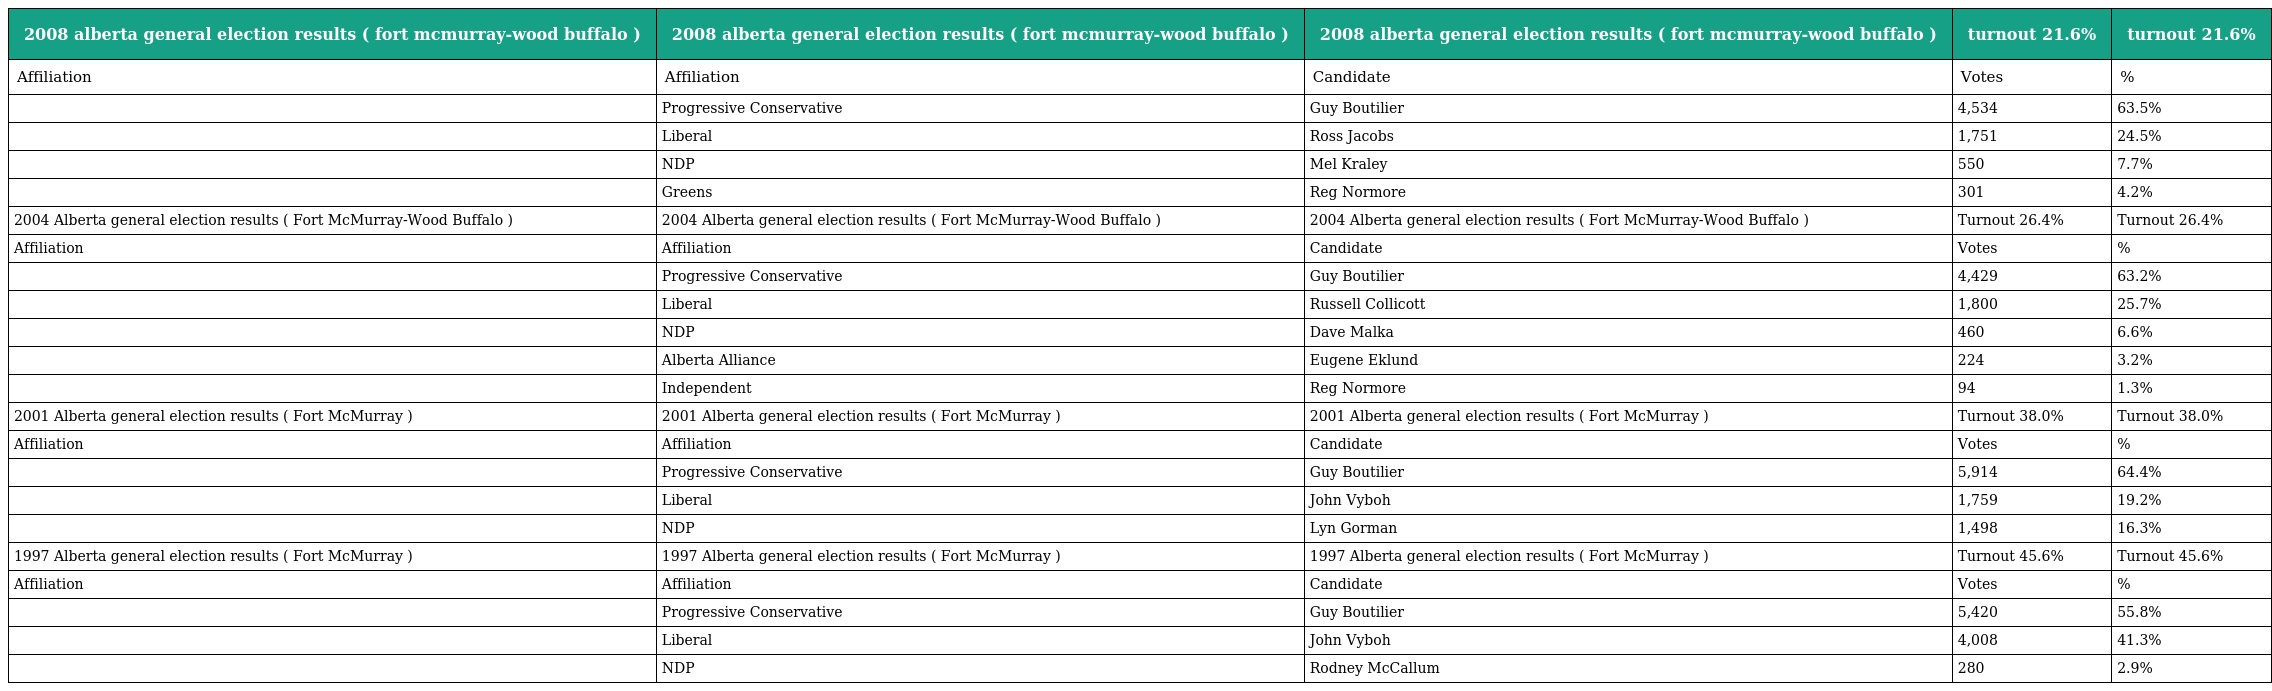
| 2008 alberta general election results ( fort mcmurray-wood buffalo ) | 2008 alberta general election results ( fort mcmurray-wood buffalo ) | 2008 alberta general election results ( fort mcmurray-wood buffalo ) | turnout 21.6% | turnout 21.6% |
 | --- | --- | --- | --- | --- |
 | Affiliation | Affiliation | Candidate | Votes | % |
 |  | Progressive Conservative | Guy Boutilier | 4,534 | 63.5% |
 |  | Liberal | Ross Jacobs | 1,751 | 24.5% |
 |  | NDP | Mel Kraley | 550 | 7.7% |
 |  | Greens | Reg Normore | 301 | 4.2% |
 | 2004 Alberta general election results ( Fort McMurray-Wood Buffalo ) | 2004 Alberta general election results ( Fort McMurray-Wood Buffalo ) | 2004 Alberta general election results ( Fort McMurray-Wood Buffalo ) | Turnout 26.4% | Turnout 26.4% |
 | Affiliation | Affiliation | Candidate | Votes | % |
 |  | Progressive Conservative | Guy Boutilier | 4,429 | 63.2% |
 |  | Liberal | Russell Collicott | 1,800 | 25.7% |
 |  | NDP | Dave Malka | 460 | 6.6% |
 |  | Alberta Alliance | Eugene Eklund | 224 | 3.2% |
 |  | Independent | Reg Normore | 94 | 1.3% |
 | 2001 Alberta general election results ( Fort McMurray ) | 2001 Alberta general election results ( Fort McMurray ) | 2001 Alberta general election results ( Fort McMurray ) | Turnout 38.0% | Turnout 38.0% |
 | Affiliation | Affiliation | Candidate | Votes | % |
 |  | Progressive Conservative | Guy Boutilier | 5,914 | 64.4% |
 |  | Liberal | John Vyboh | 1,759 | 19.2% |
 |  | NDP | Lyn Gorman | 1,498 | 16.3% |
 | 1997 Alberta general election results ( Fort McMurray ) | 1997 Alberta general election results ( Fort McMurray ) | 1997 Alberta general election results ( Fort McMurray ) | Turnout 45.6% | Turnout 45.6% |
 | Affiliation | Affiliation | Candidate | Votes | % |
 |  | Progressive Conservative | Guy Boutilier | 5,420 | 55.8% |
 |  | Liberal | John Vyboh | 4,008 | 41.3% |
 |  | NDP | Rodney McCallum | 280 | 2.9% |